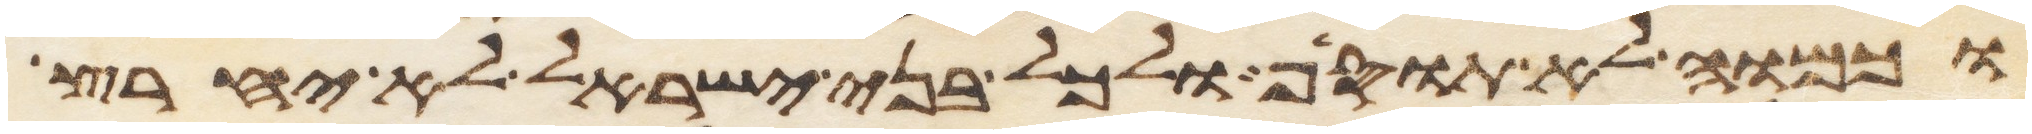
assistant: וכמוה לא תוסיף ולכל בני ישראל לא יחרץ